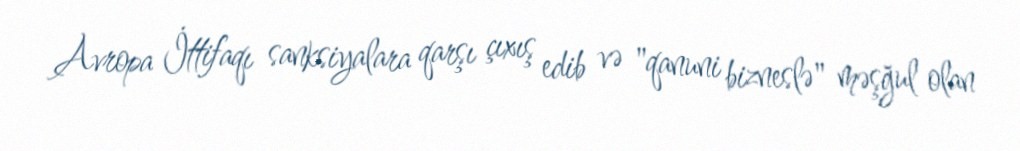
Avropa İttifaqı sanksiyalara qarşı çıxış edib və "qanuni bizneslə" məşğul olan